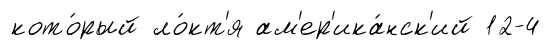
кото́рый ло́кт'я ам'ер'ика́нск'ий 12-4